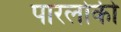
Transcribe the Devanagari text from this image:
पारलोकी